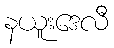
နယူးဒေလီ